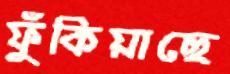
ফুঁকিয়াছে